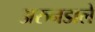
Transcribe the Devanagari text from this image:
अरुनडाले